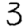
Digit: 3